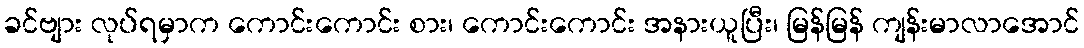
ခင်ဗျား လုပ်ရမှာက ကောင်းကောင်း စား၊ ကောင်းကောင်း အနားယူပြီး၊ မြန်မြန် ကျန်းမာလာအောင်